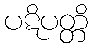
ပဋိပတ္တိ